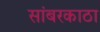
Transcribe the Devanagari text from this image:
सांबरकाठा